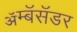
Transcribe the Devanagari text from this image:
ॲम्बॅसॅडर